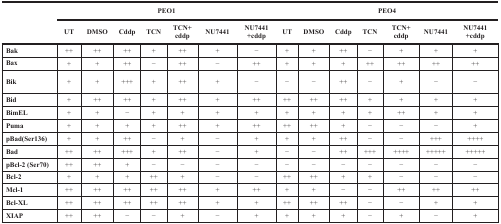
| <ROWSPAN=2>  | <COLSPAN=7> PEO1 | <COLSPAN=7> PEO4 |
 | UT | DMSO | Cddp | TCN | TCN+cddp | NU7441 | NU7441+cddp | UT | DMSO | Cddp | TCN | TCN+cddp | NU7441 | NU7441+cddp |
 | --- | --- | --- | --- | --- | --- | --- | --- | --- | --- | --- | --- | --- | --- | --- |
 | Bak | ++ | ++ | ++ | + | ++ | + | − | + | + | ++ | − | + | + | + |
 | Bax | + | + | ++ | − | ++ | − | ++ | + | + | + | ++ | ++ | ++ | ++ |
 | Bik | + | + | +++ | + | ++ | + | − | − | − | ++ | − | + | − | − |
 | Bid | + | ++ | ++ | + | ++ | + | ++ | ++ | ++ | ++ | + | + | + | + |
 | BimEL | + | + | − | + | + | + | + | + | + | + | + | ++ | + | + |
 | Puma | + | + | + | + | ++ | + | ++ | ++ | ++ | + | − | − | − | + |
 | pBad(Ser136) | + | + | ++ | − | + | − | + | + | + | ++ | − | − | +++ | ++++ |
 | Bad | ++ | ++ | +++ | + | ++ | − | + | − | − | ++ | +++ | ++++ | +++++ | +++++ |
 | pBcl-2 (Ser70) | ++ | ++ | + | − | − | − | − | − | − | − | − | − | − | − |
 | Bcl-2 | + | + | + | ++ | + | − | − | ++ | ++ | + | + | − | − | − |
 | Mcl-1 | ++ | ++ | ++ | ++ | ++ | + | ++ | + | + | − | − | ++ | ++ | ++ |
 | Bcl-XL | ++ | ++ | ++ | ++ | ++ | + | + | ++ | ++ | ++ | − | − | + | + |
 | XIAP | ++ | ++ | − | − | + | − | + | + | + | + | − | + | − | + |